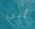
أبي